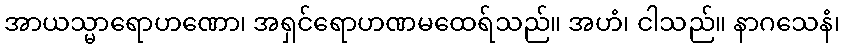
အာယသ္မာရောဟဏော၊ အရှင်ရောဟဏမထေရ်သည်။ အဟံ၊ ငါသည်။ နာဂသေနံ၊